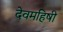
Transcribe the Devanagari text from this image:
देवमहिषी